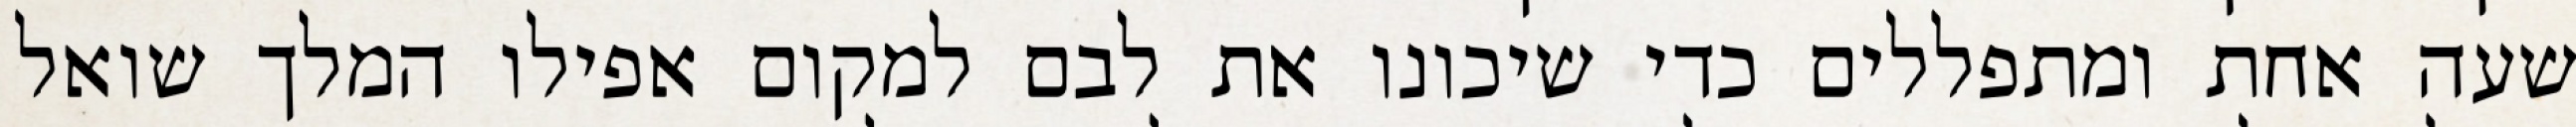
שעה אחת ומתפללים כדי שיכונו את לבם למקום אפילו המלך שואל